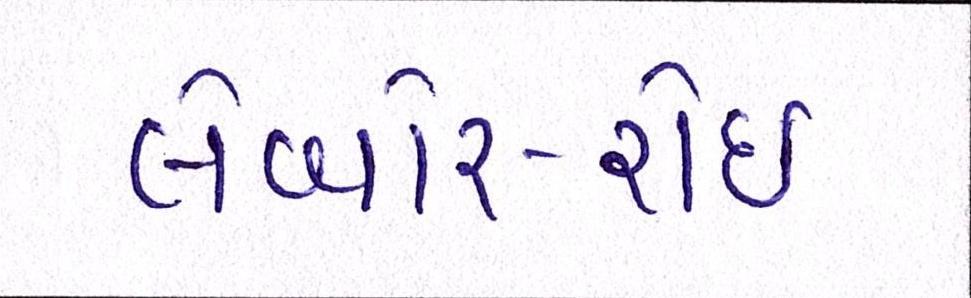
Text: લેબોર-રોઈ